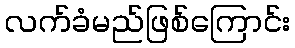
လက်ခံမည်ဖြစ်ကြောင်း